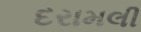
દરામલી